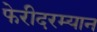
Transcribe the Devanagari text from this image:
फेरीदरम्यान